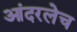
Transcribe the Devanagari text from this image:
आंदरलेच